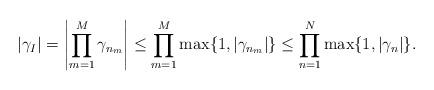
LaTeX: \begin{align*} |\gamma_I| = \left| \prod_{m=1}^M \gamma_{n_m} \right| \leq \prod_{m=1}^M \max\{1,|\gamma_{n_m}|\}\leq \prod_{n=1}^N \max\{1,|\gamma_{n}|\}.\end{align*}